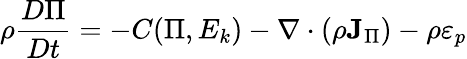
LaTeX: \rho\frac{D\Pi}{Dt}=-C(\Pi,E_{k})-\nabla\cdot(\rho{\mathbf J}_{\Pi})-\rho\varepsilon_{p}